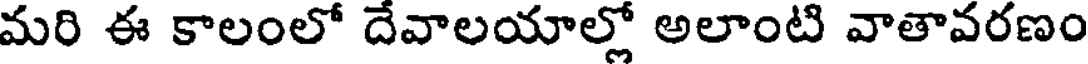
మరి ఈ కాలంలో దేవాలయాల్లో అలాంటి వాతావరణం